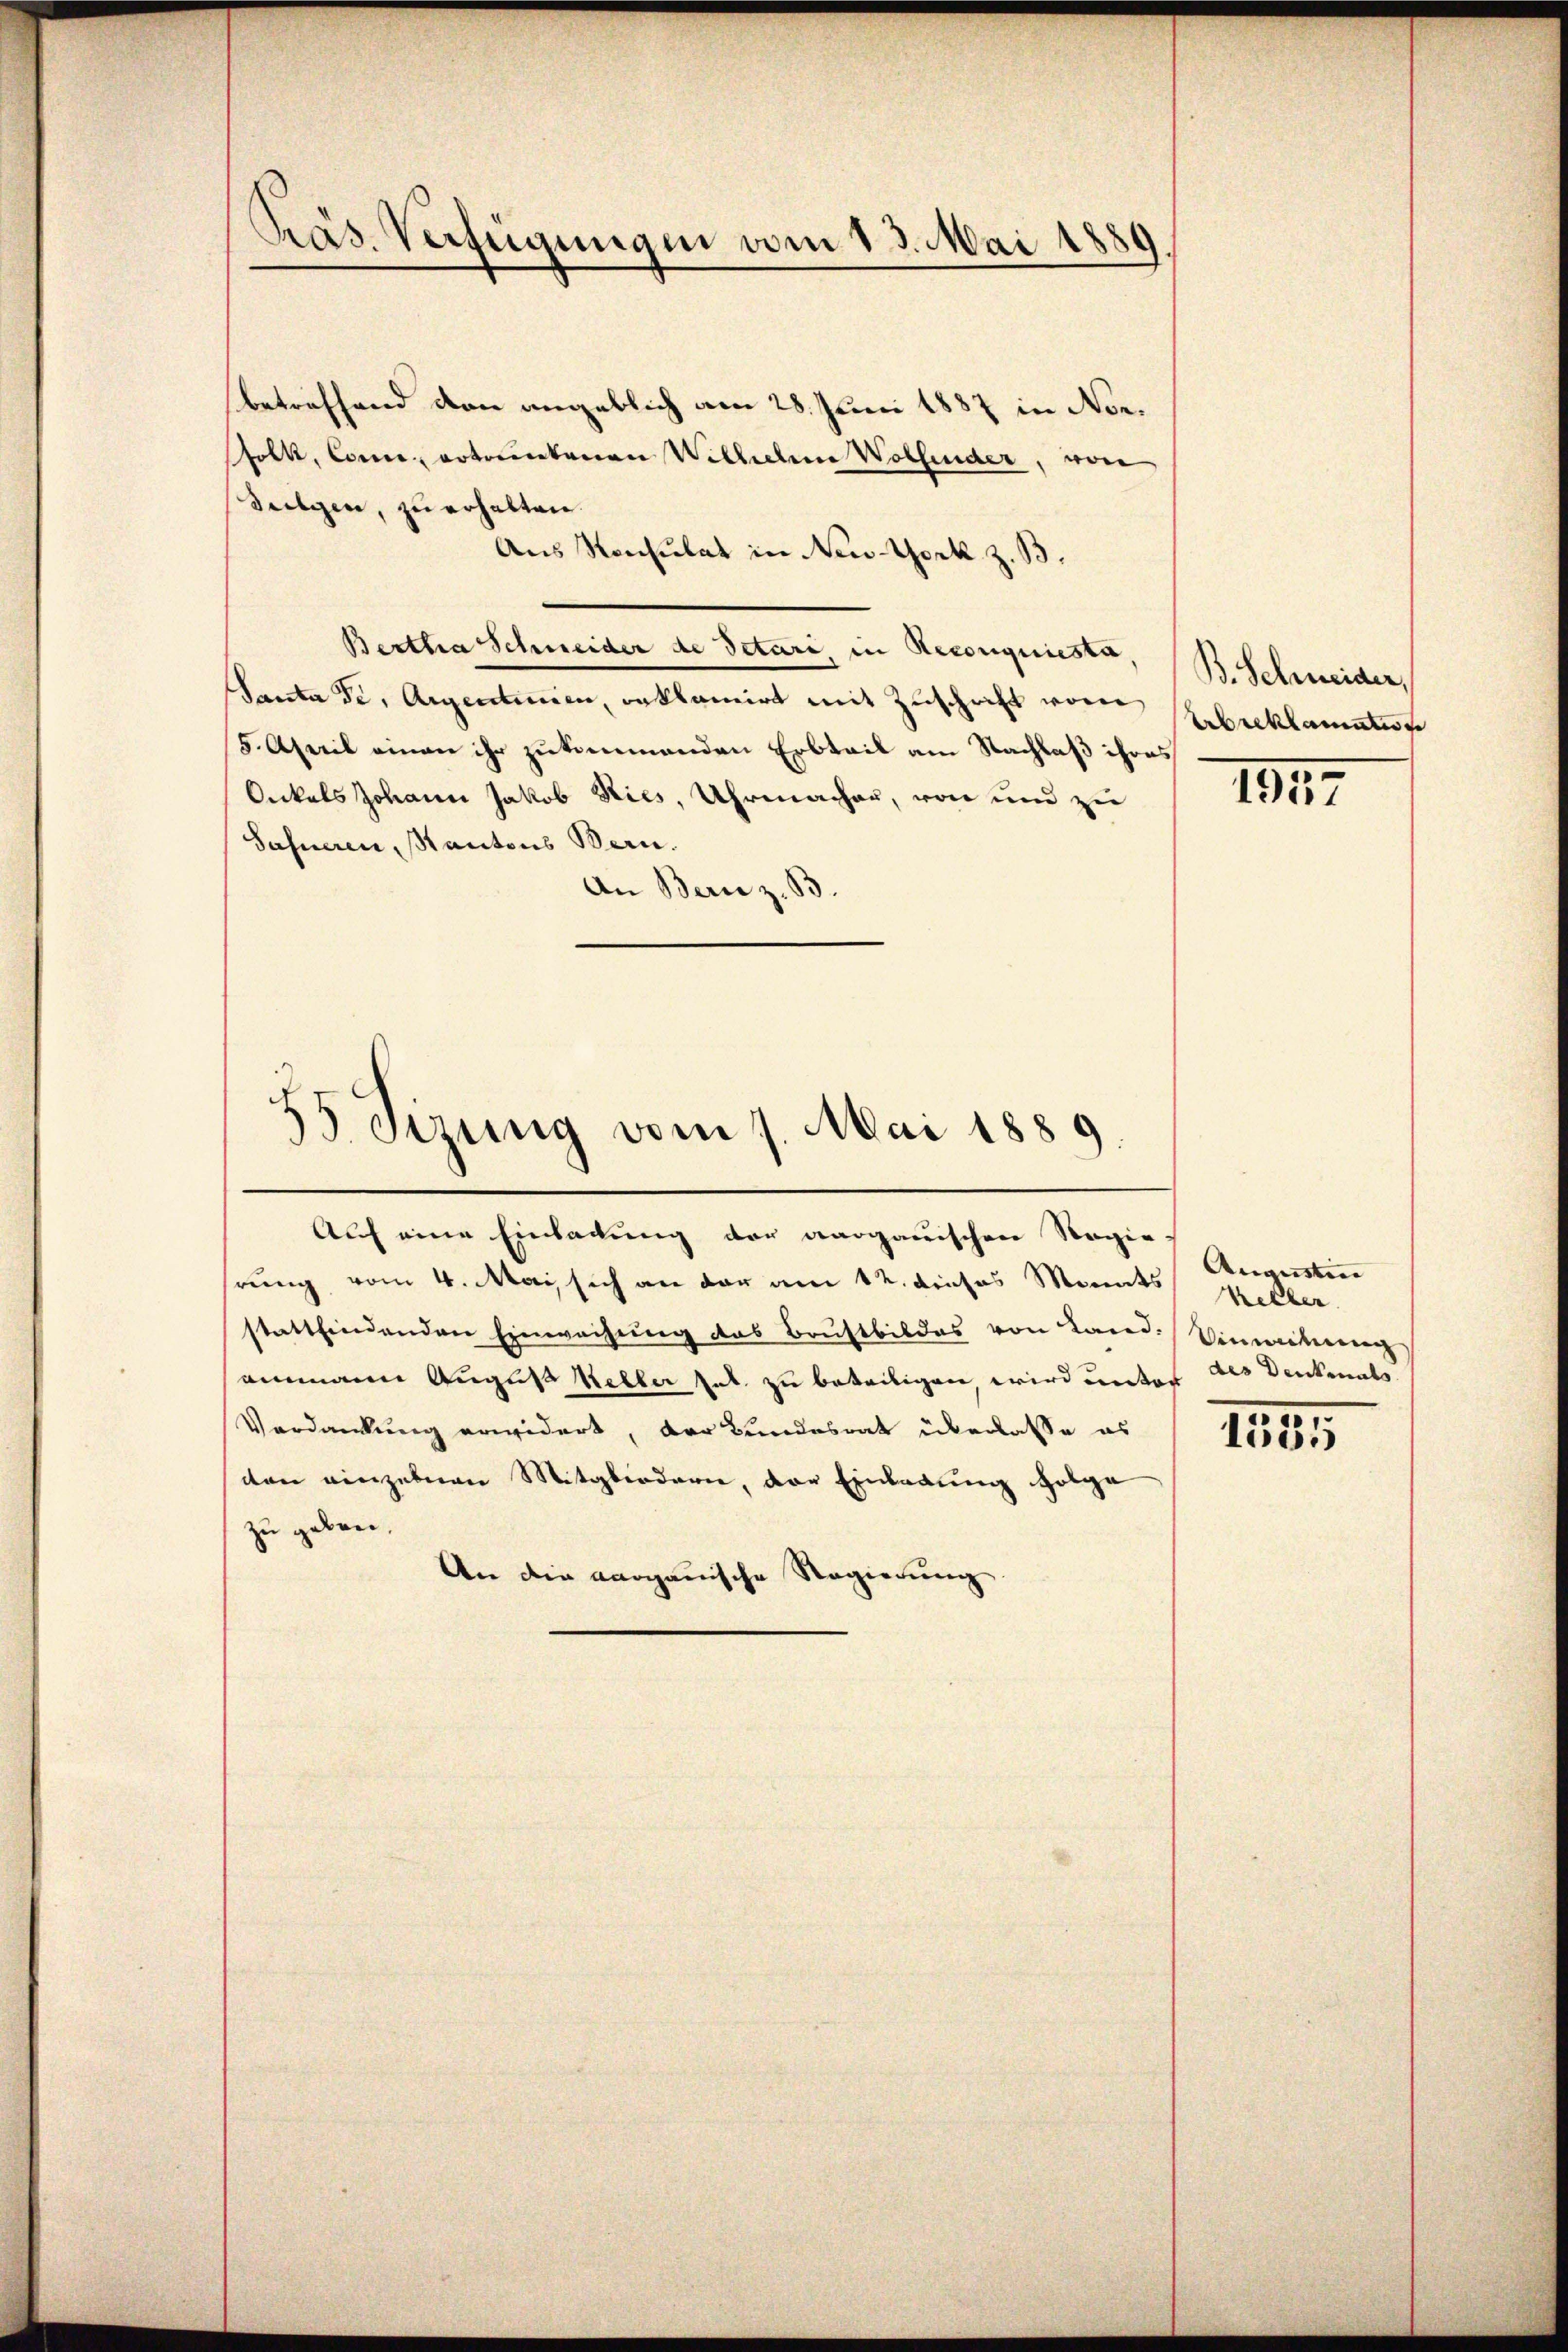
Präs. Verfügungen vom 13. Mai 1889

betreffend den angeblich am 28. Juni 1887 in Norholk, Conce, ertrunkenen Wille Wollender, von
Jugen, zu erhalten.
Aus Konsulat in New-York z. B.
Bertha Schneider de Petari, in Reconquiesta
Santa Se. Augentinien, reklamirt mit Zuschrift vom
5. April einen ihr zukommenden Erbteil am Nachlaß ihres
Onkals Johann Jakob Ries, Uhrmachen, von und zu
Sahneren, Kantons Bern.
An Bern z. B.
4
s. Sitzung vom 7. Mai 1889
Auf eine Einladung der aargauischen Regie
rung vom 4. Mai, sich an der am 12. dieses Monats Augustin
stattfindenden Einweihung das Brustbildes von Land. Vincentierenz
ammann August Keller hat zu beteiligen, wird unter des Denkenats
Verdankung erwidert, der Bundesrat überlasse es
ven einzelnen Mitgliedern, der Einladung folge
zu geben.
An die aargauische Regierung.

B. Schweider,
Erbreklammenge

1947

Keller.

12